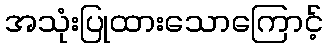
အသုံးပြုထားသောကြောင့်